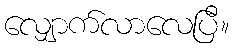
လျှောက်လာလေပြီ။